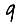
Digit: 9